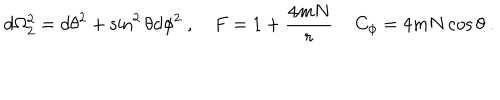
LaTeX: d \Omega _ { 2 } ^ { 2 } = d \theta ^ { 2 } + \sin ^ { 2 } \theta d \phi ^ { 2 } \ , \quad F = 1 + { \frac { 4 m N } { r } } \, \quad C _ { \phi } = 4 m N \cos \theta \ .